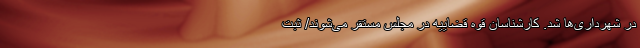
در شهرداری‌ها شد. کارشناسان قوه قضاییه در مجلس مستقر می‌شوند/ ثبت